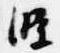
条